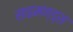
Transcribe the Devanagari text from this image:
साइमण्ड्स